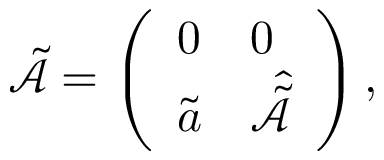
\tilde { \mathcal { A } } = \left( \begin{array} { l l } { 0 } & { \boldsymbol { 0 } } \\ { \tilde { \boldsymbol { a } } } & { \hat { \tilde { \mathcal { A } } } } \end{array} \right) ,